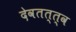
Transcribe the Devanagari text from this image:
देवतत्त्व